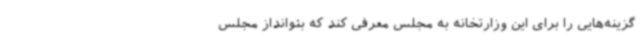
گزینه‌هایی را برای این وزارتخانه به مجلس معرفی کند که بتوانداز مجلس